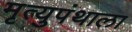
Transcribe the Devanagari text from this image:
मृत्युपंथाला